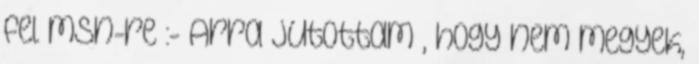
fel msn-re :- Arra jutottam , hogy nem megyek,